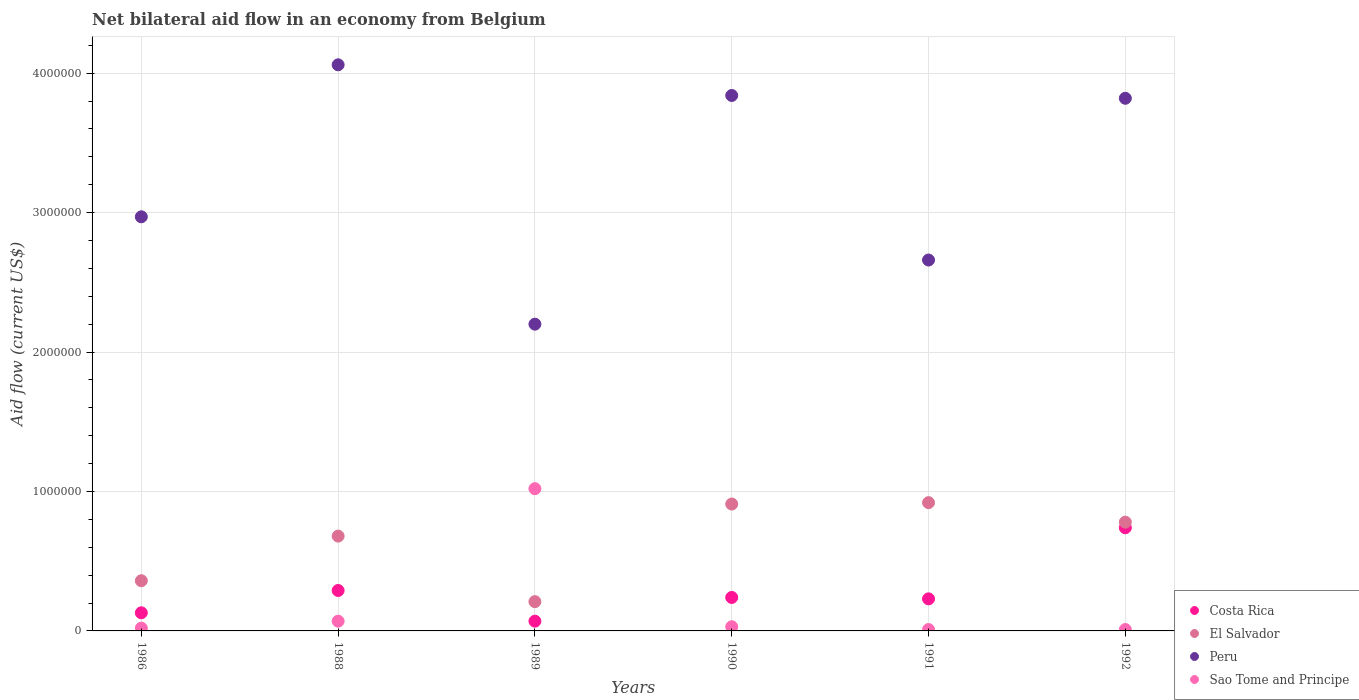
| Years | Costa Rica | El Salvador | Peru | Sao Tome and Principe |
 | --- | --- | --- | --- | --- |
 | 1986 | 1.3e+05 | 3.6e+05 | 2.97e+06 | 2e+04 |
 | 1988 | 2.9e+05 | 6.8e+05 | 4.06e+06 | 7e+04 |
 | 1989 | 7e+04 | 2.1e+05 | 2.2e+06 | 1.02e+06 |
 | 1990 | 2.4e+05 | 9.1e+05 | 3.84e+06 | 3e+04 |
 | 1991 | 2.3e+05 | 9.2e+05 | 2.66e+06 | 1e+04 |
 | 1992 | 7.4e+05 | 7.8e+05 | 3.82e+06 | 1e+04 |